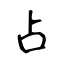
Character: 占